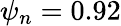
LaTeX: \psi_{n}=0.92